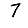
Digit: 7